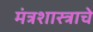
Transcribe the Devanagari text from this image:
मंत्रशास्त्राचे